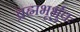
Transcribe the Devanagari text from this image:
ब्रह्मभूर्भुवः